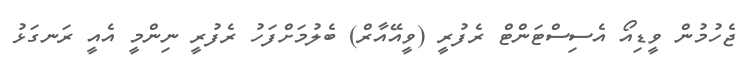
ޖެހުމުން ވީޑިއޯ އެސިސްޓަންޓް ރެފުރީ (ވީއޭއާރް) ބެލުމަށްފަހު ރެފުރީ ނިންމީ އެއީ ރަނގަޅު